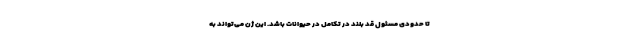
تا حدودی مسئول قد بلند در تکامل در حیوانات باشد. این ژن می‌تواند به